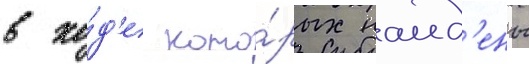
в хо́д'е кото́рых наид'ены